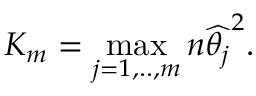
K _ { m } = \mathop { \operatorname* { m a x } } _ { j = 1 , . . , m } n \widehat { \theta _ { j } } ^ { 2 } .